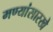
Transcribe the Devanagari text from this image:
मण्यांसारखे